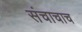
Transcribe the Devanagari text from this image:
संचाचाच